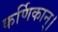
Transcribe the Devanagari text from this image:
कर्णिकान्‌।